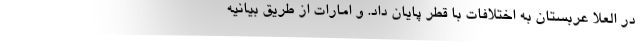
در العلا عربستان به اختلافات با قطر پایان داد. و امارات از طریق بیانیه